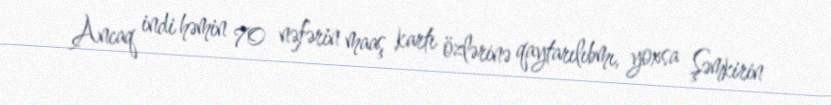
Ancaq indi həmin 70 nəfərin maaş kartı özlərinə qaytarılıbmı, yoxsa Şəmkirin